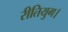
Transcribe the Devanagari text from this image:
रीतियुग।